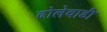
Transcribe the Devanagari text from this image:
ढोलेवाडी